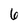
Character: 6